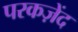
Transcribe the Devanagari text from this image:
परकज़ेंद